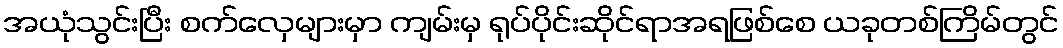
အယုံသွင်းပြီး စက်လှေများမှာ ကျမ်းမှ ရုပ်ပိုင်းဆိုင်ရာအရဖြစ်စေ ယခုတစ်ကြိမ်တွင်